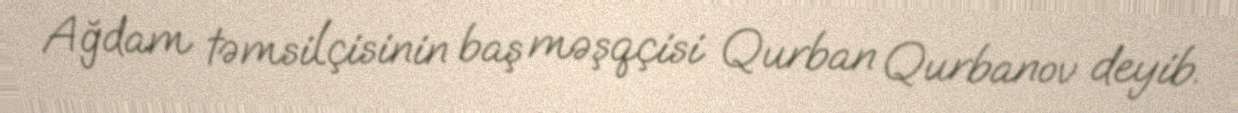
Ağdam təmsilçisinin baş məşqçisi Qurban Qurbanov deyib.